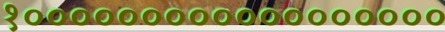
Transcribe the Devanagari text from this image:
१००००००००००००००००००